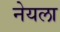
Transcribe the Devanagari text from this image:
नेयला